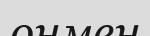
онмен